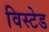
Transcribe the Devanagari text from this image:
विस्टेड